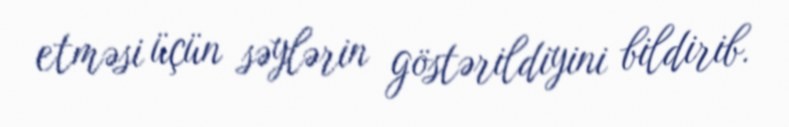
etməsi üçün səylərin göstərildiyini bildirib.